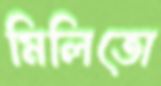
মিলিতো